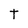
Character: T